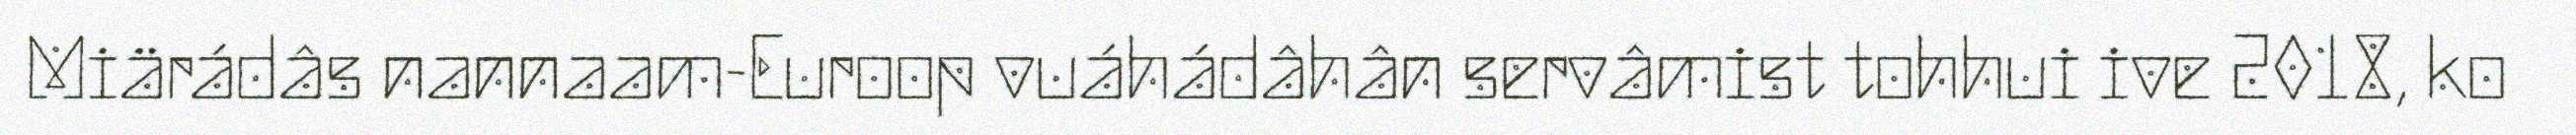
Miärádâs nannaam-Euroop vuáhádâhân servâmist tohhui ive 2018, ko